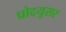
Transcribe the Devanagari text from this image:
प्रोदयुसर